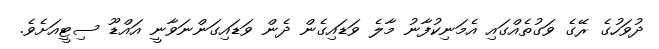
ދުވަހުގެ ރޭގެ ވަގުތެއްގައި އެމަނިކުފާނު މާލެ ވަޑައިގެން ދެން ވަޑައިގަންނަވާނީ އައްޑޫ ސިޓީއަށެވެ.